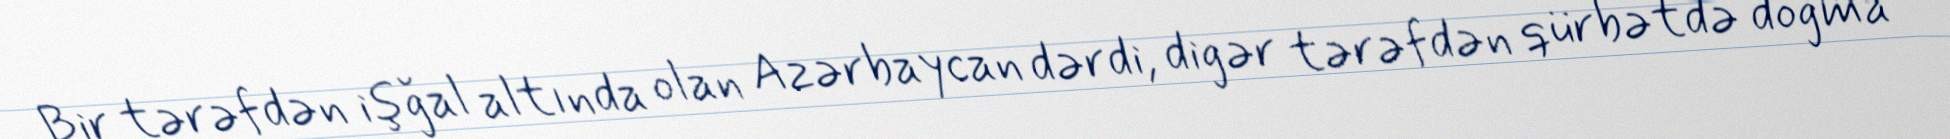
Bir tərəfdən işğal altında olan Azərbaycan dərdi, digər tərəfdən qürbətdə doğma